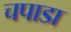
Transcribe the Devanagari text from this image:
चपाडा